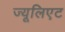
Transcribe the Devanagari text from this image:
ज्यूलिएट